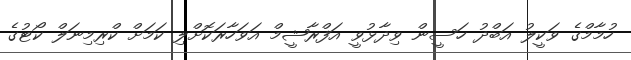
ހުމާމްގެ ވަކީލު އަބްދު ހަސީން ވިދާޅުވީ އަފްރާޝީމް އަވަހާރަކޮށްލި ކަމަށް ކްރިމިނަލް ކޯޓުގެ